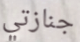
جنازتي